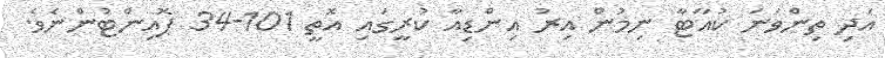
އަދި ތިންވަނަ ކުއާޓާ ނިމުން އިރު އިންޑިއާ ކުރީގައި އޮތީ 101-34 ޕޮއިންޓުންނެވެ.